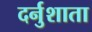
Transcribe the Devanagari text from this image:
दर्नुशाता